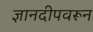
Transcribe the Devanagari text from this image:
ज्ञानदीपवरून